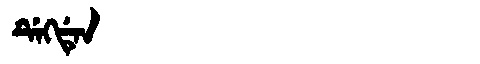
Manchu: ᡩᡝᡴᡩᡝᠨ
Romanization: DEKDEN